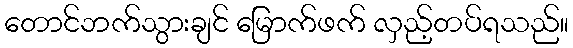
တောင်ဘက်သွားချင် မြောက်ဖက် လှည့်တပ်ရသည်။